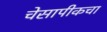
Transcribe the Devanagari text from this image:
चेसापीकचा